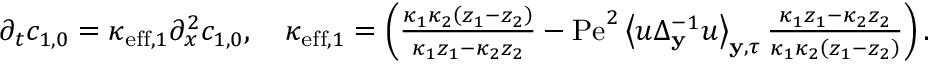
\begin{array} { r l } & { \partial _ { t } c _ { 1 , 0 } = \kappa _ { \mathrm { e f f } , 1 } \partial _ { x } ^ { 2 } c _ { 1 , 0 } , \quad \kappa _ { \mathrm { e f f } , 1 } = \left( \frac { \kappa _ { 1 } \kappa _ { 2 } \left( z _ { 1 } - z _ { 2 } \right) } { \kappa _ { 1 } z _ { 1 } - \kappa _ { 2 } z _ { 2 } } - \mathrm { P e } ^ { 2 } \left\langle u \Delta _ { \mathbf { y } } ^ { - 1 } u \right\rangle _ { \mathbf { y } , \tau } \frac { \kappa _ { 1 } z _ { 1 } - \kappa _ { 2 } z _ { 2 } } { \kappa _ { 1 } \kappa _ { 2 } \left( z _ { 1 } - z _ { 2 } \right) } \right) . } \end{array}